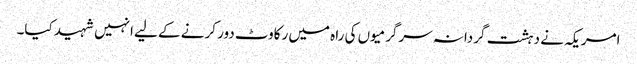
امریکہ نے دہشت گردانہ سرگرمیوں کی راہ میں رکاوٹ دور کرنے کے لیے انہیں شہید کیا۔